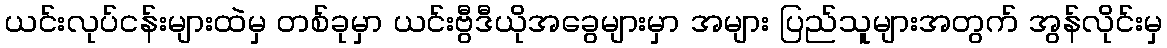
ယင်းလုပ်ငန်းများထဲမှ တစ်ခုမှာ ယင်းဗွီဒီယိုအခွေများမှာ အများ ပြည်သူများအတွက် အွန်လိုင်းမှ